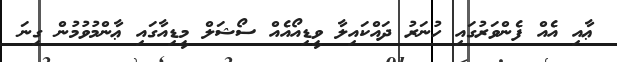
ޢާއި އެއް ފެންވަރުގައި ހުނަރު ދައްކައިލާ ވީޑިއޯއެއް ސޯޝަލް މީޑިއާގައި ޢާންމުވުމުން ގިނަ